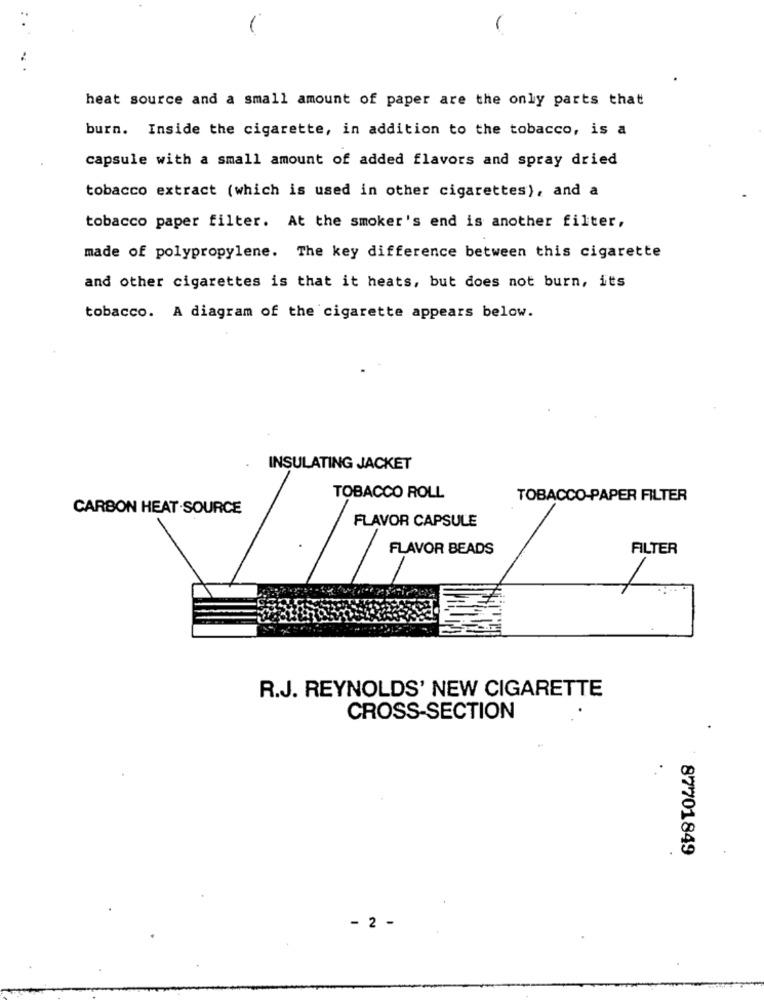
-
heat source and a small amount of paper are the only parts that
burn. Inside the cigarette, in addition to the tobacco, is a
capsule with a small amount of added flavors and spray dried
tobacco extract (which is used in other cigarettes), and a
tobacco paper filter. At the smoker's end is another filter,
made of polypropylene. The key difference between this cigarette
and other cigarettes is that it heats, but does not burn, its
tobacco. A diagram of the cigarette appears below.
INSULATING JACKET
TOBACCO ROLL
TOBACCO-PAPER FILTER
CARBON HEAT SOURCE
FLAVOR CAPSULE
FLAVOR BEADS
FILTER
R.J. REYNOLDS' NEW CIGARETTE
CROSS-SECTION
87701849
- 2 -